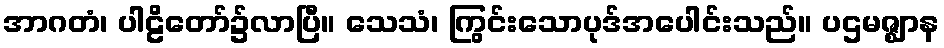
အာဂတံ၊ ပါဠိတော်၌လာပြီ။ သေသံ၊ ကြွင်းသောပုဒ်အပေါင်းသည်။ ပဌမဇ္ဈာန